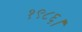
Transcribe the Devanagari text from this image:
१९८६।